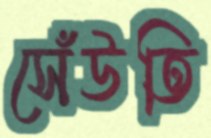
সেঁউতি